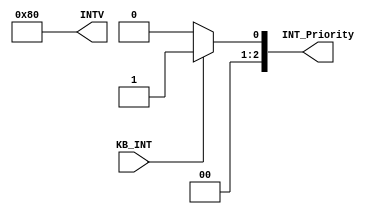
`timescale 1ns / 1ps
//////////////////////////////////////////////////////////////////////////////////
// Company: 
// Engineer: 
// 
// Design Name: 
// Module Name:    LC3_int_controller 
// Project Name: 
// Target Devices: 
// Tool versions: 
// Description: 
//
// Dependencies: 
//
// Revision: 
// Revision 0.01 - File Created
// Additional Comments: 
//
//////////////////////////////////////////////////////////////////////////////////
module LC3_int_controller(
		input					KB_INT,
		output		[2:0]	INT_Priority,
		output		[7:0]	INTV
    );
	 
	 assign	INTV=8'h80;
	 
	 assign	INT_Priority=(KB_INT?3'b001:3'b000);


endmodule